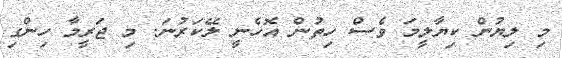
މި ލިޔުން ކިޔާލީމަ ވެސް ހިތުން އޮހެނީ ލޭކަރުނަ. މި ޖަރީމާ ހިންގި